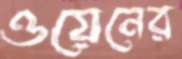
ওয়েনের